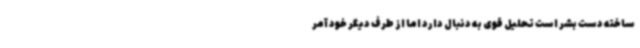
ساخته دست بشر است تحلیل قوی به دنبال دارد اما از طرف دیگر خود آمر